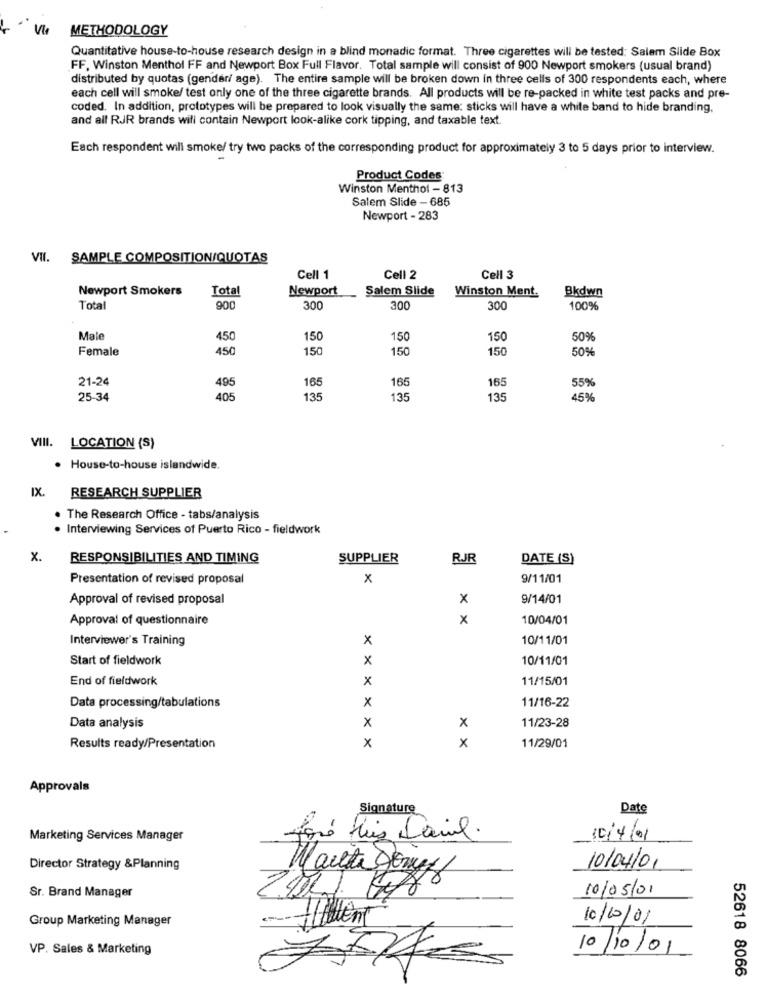
METHODOLOGY
Quantitative house-to-house research design in a blind monadic format. Three cigarettes will be tested: Salem Slide Box
FF, Winston Menthol FF and Newport Box Full Flavor. Total sample will consist of 900 Newport smokers (usual brand)
distributed by quotas (gender/ age). The entire sample will be broken down in three cells of 300 respondents each, where
each cell will smoke/ test only one of the three cigarette brands. All products will be re-packed in white test packs and pre-
coded. In addition, prototypes will be prepared to look visually the same: sticks will have a white band to hide branding.
and all RJR brands will contain Newport look-alike cork tipping, and taxable text
Each respondent will smoke/ try two packs of the corresponding product for approximately 3 to 5 days prior to interview.
Product Codes:
Winston Menthol - 813
Salem Slide - 685
Newport - 283
VII. SAMPLE COMPOSITION/QUOTAS
Cell 1
Cell 2
Cell 3
Newport Smokers
Total
Newport
Salem Slide
Winston Ment.
Bkdwn
Total
900
300
300
300
100%
Male
450
150
150
150
50%
Female
450
150
150
150
50%
21-24
165
165
495
165
55%
25-34
405
135
135
135
45%
VIII. LOCATION (S)
· House-to-house islandwide.
IX.
RESEARCH SUPPLIER
The Research Office - tabs/analysis
. Interviewing Services of Puerto Rico - fieldwork
x.
RESPONSIBILITIES AND TIMING
SUPPLIER
RJR
DATE (S)
Presentation of revised proposal
x
9/11/01
Approval of revised proposal
x
9/14/01
Approval of questionnaire
x
10/04/01
Interviewer's Training
x
10/11/01
Start of fieldwork
x
10/11/01
End of fieldwork
x
11/15/01
Data processing/tabulations
x
11/16-22
Data analysis
x
x
11/23-28
x
Results ready/Presentation
x
11/29/01
Approvals
Signature
Date
Marketing Services Manager
10/4/01
Director Strategy &Planning
10/04/01
Marita gomez
Sr. Brand Manager
10/05/01
Group Marketing Manager
10/10/01
VP. Sales & Marketing
10/10/01
52618 8066